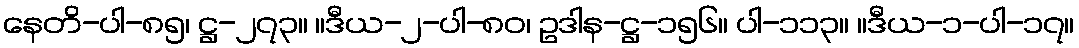
နေတိ-ပါ-၈၅၊ ဋ္ဌ-၂၇၃။ ။ဒီယ-၂-ပါ-၈၀၊ ဥဒါန-ဋ္ဌ-၁၅၆။ ပါ-၁၁၃။ ။ဒီယ-၁-ပါ-၁၇။